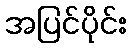
အပြင်ပိုင်း